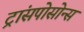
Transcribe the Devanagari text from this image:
ट्रांसपोसोन्स